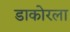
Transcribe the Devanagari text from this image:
डाकोरला